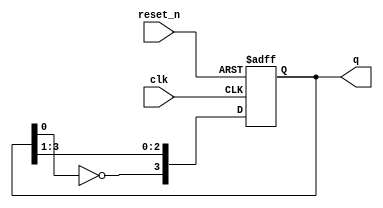
module johnson_counter (
    input wire clk,          // Clock input
    input wire reset_n,     // Asynchronous active-low reset
    output reg [3:0] q      // 4-bit output representing the counter state
);

    // Always block triggered on the rising edge of the clock or the active-low reset
    always @(posedge clk or negedge reset_n) begin
        if (!reset_n) begin
            // Asynchronous reset: set all flip-flops to 0
            q <= 4'b0000;
        end else begin
            // Johnson counter logic
            q[3] <= ~q[0]; // Invert the output of the last flip-flop and feed it to the first
            q[2] <= q[3];  // Shift the output of the last flip-flop to the second
            q[1] <= q[2];  // Shift the output of the second flip-flop to the third
            q[0] <= q[1];  // Shift the output of the first flip-flop to the last
        end
    end

endmodule